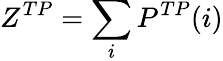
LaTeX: Z^{TP}=\sum_{i}P^{TP}(i)